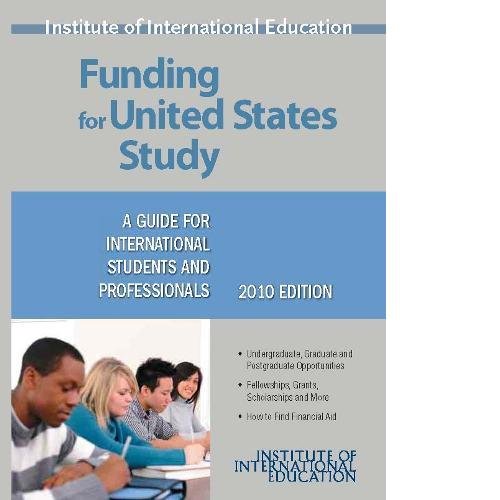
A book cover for Funding for United States Study: A Guide for International Students and Professionals (Funding for Us Study); Marie O'Sullivan; Travel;